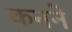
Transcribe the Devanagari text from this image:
कनने